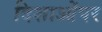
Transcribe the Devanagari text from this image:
दिशाओंपर